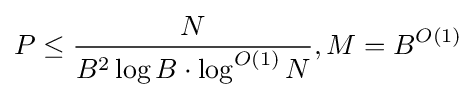
P\leq {\frac {N}{B^{2}\log B\cdot \log ^{O(1)}N}},M=B^{O(1)}